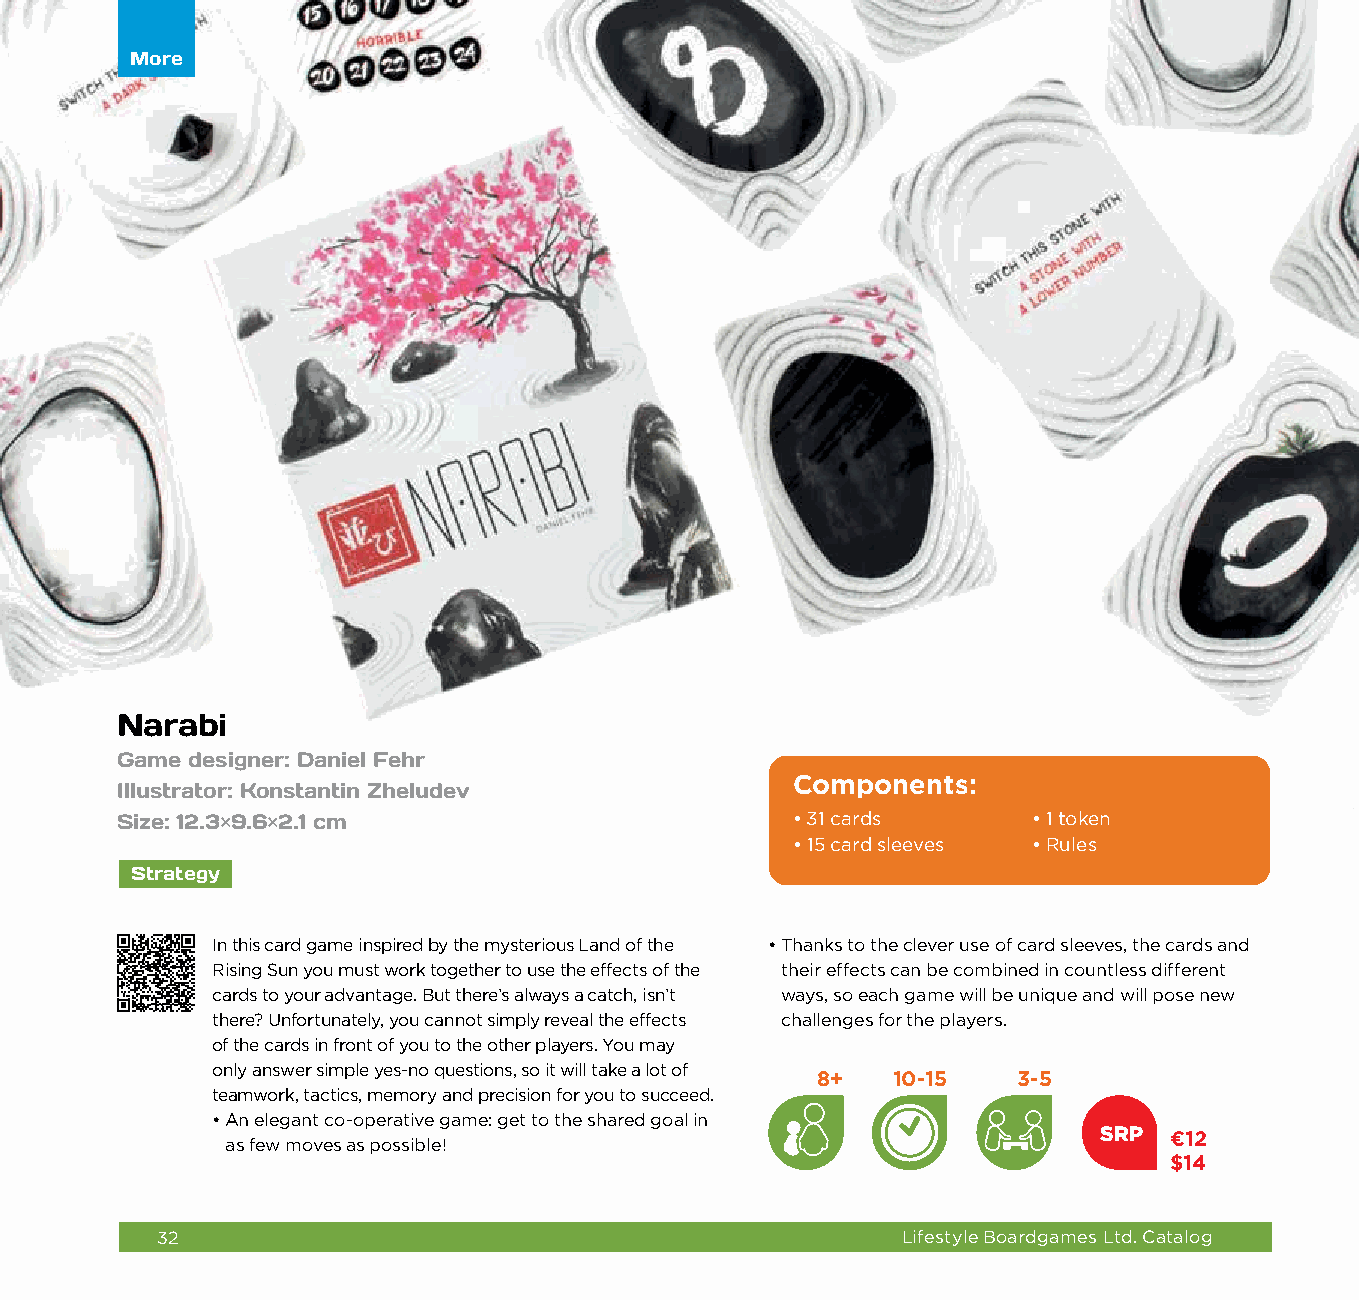
More More
 Narabi
 Game designer: Daniel Fehr
 Components:
 Illustrator: Konstantin Zheludev
 Size: 12.3×9.6×2.1 cm                       • 31 cards      • 1 token
 • 1 5 card sleeves • R ules
 Strategy
 In this card game inspired by the mysterious Land of the • T hanks to the clever use of card sleeves, the cards and
 Rising Sun you must work together to use the effects of the their effects can be combined in countless different
 cards to your advantage. But there’s always a catch, isn’t ways, so each game will be unique and will pose new
 there? Unfortunately, you cannot simply reveal the effects challenges for the players.
 of the cards in front of you to the other players. You may
 only answer simple yes-no questions, so it will take a lot of
 8+   10-15   3-5
 teamwork, tactics, memory and precision for you to succeed.
 • A n elegant co-operative game: get to the shared goal in
 SRP €12
 as few moves as possible!
 $14
 32                                                Lifestyle Boardgames Ltd. Catalog